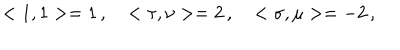
< 1 , 1 > = 1 \, , \ \ \ < \tau , \nu > = 2 \, , \ \ \ < \sigma , \mu > = - 2 \, ,